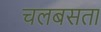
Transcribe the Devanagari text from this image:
चलबसता